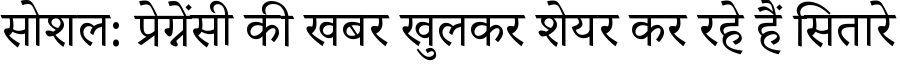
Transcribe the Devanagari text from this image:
सोशल: प्रेग्नेंसी की खबर खुलकर शेयर कर रहे हैं सितारे